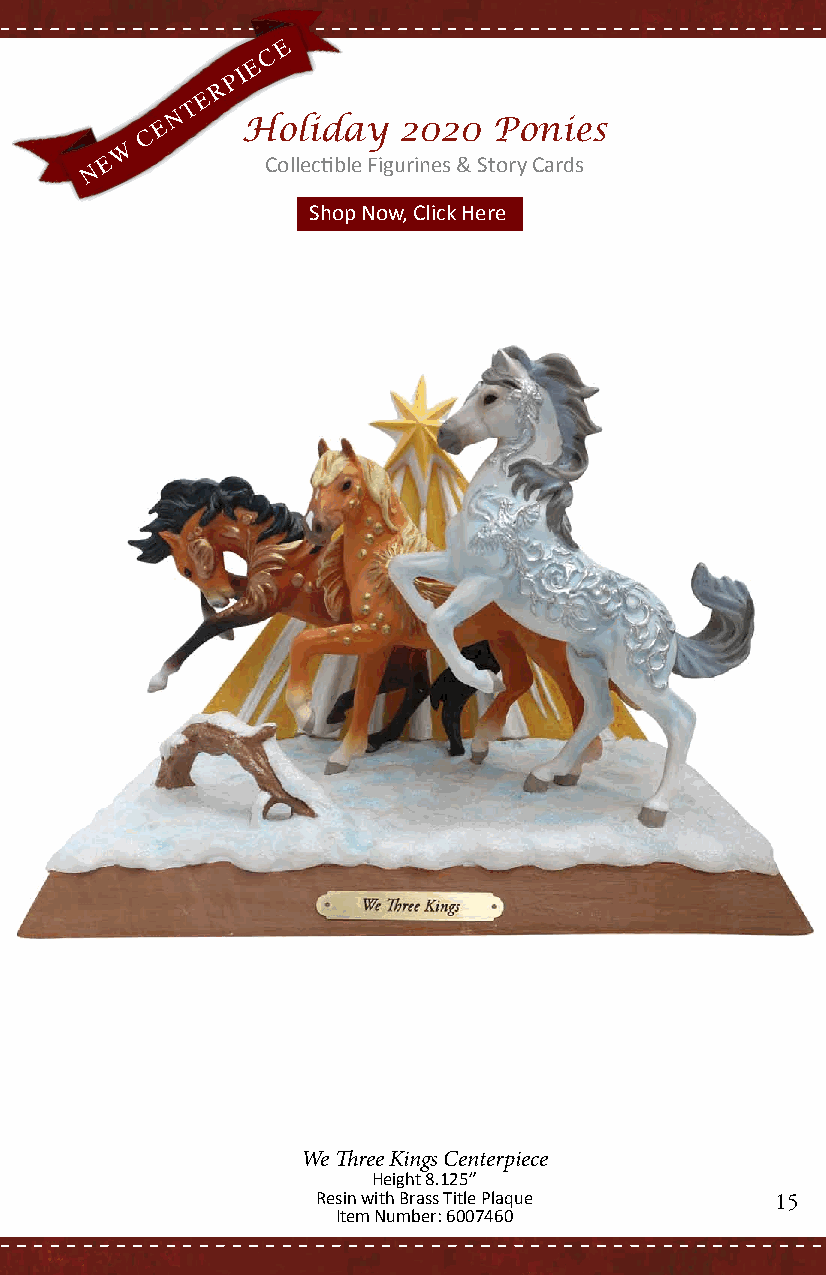
E
 C
 E
 P I
 R
 E
 T
 N
 E    Holiday   2020   Ponies
 C
 W
 E          Collectible Figurines & Story Cards
 N
 Shop Now, Click Here
 We Three Kings Centerpiece
 Height 8.125”
 Resin with Brass Title Plaque 15
 Item Number: 6007460